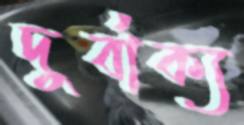
দুর্বাক্য